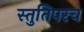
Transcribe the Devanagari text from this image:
स्तुतिपरच